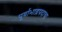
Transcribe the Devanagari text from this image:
पूर्वाभाद्रपदाचा